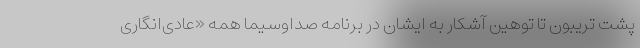
پشت تریبون تا توهین آشکار به ایشان در برنامه صداوسیما همه «عادی‌انگاری